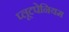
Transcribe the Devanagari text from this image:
प्लूटपेनियम